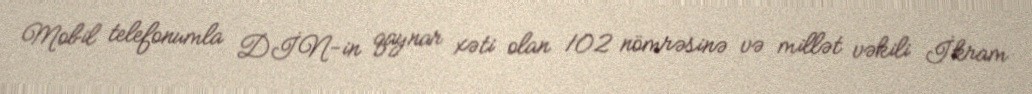
Mobil telefonumla DİN-in qaynar xəti olan 102 nömrəsinə və millət vəkili İkram